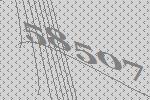
58507